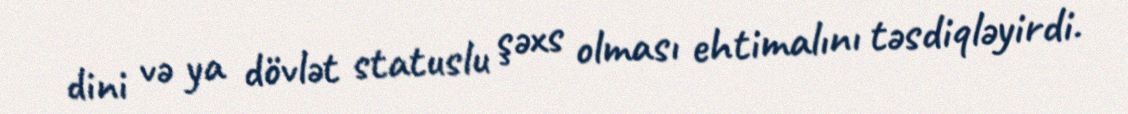
dini və ya dövlət statuslu şəxs olması ehtimalını təsdiqləyirdi.